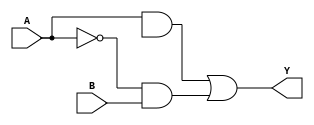
module xor_pass_gate (
    input A,
    input B,
    output Y
);

// Transmission Gate for A
wire A_n;
assign A_n = ~A;
assign Y = (A & B_n) | (A_n & B); // XOR operation using pass gates

endmodule